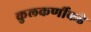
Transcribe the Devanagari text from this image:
कुलकर्णीकडे